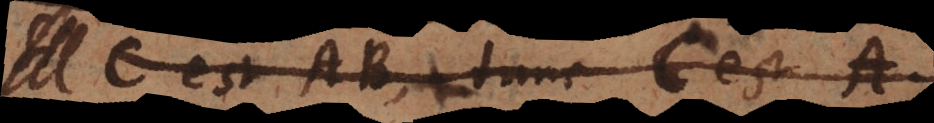
A est B tunc C est D.